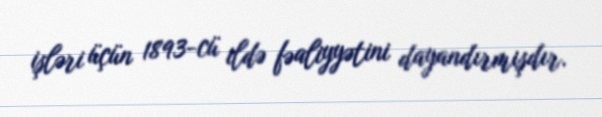
işləri üçün 1893-cü ildə fəaliyyətini dayandırmışdır.